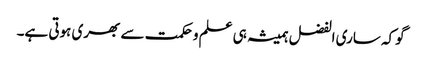
گوکہ ساری الفضل ہمیشہ ہی علم وحکمت سے بھری ہوتی ہے۔